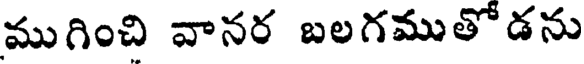
ముగించి వానర బలగముతోడను